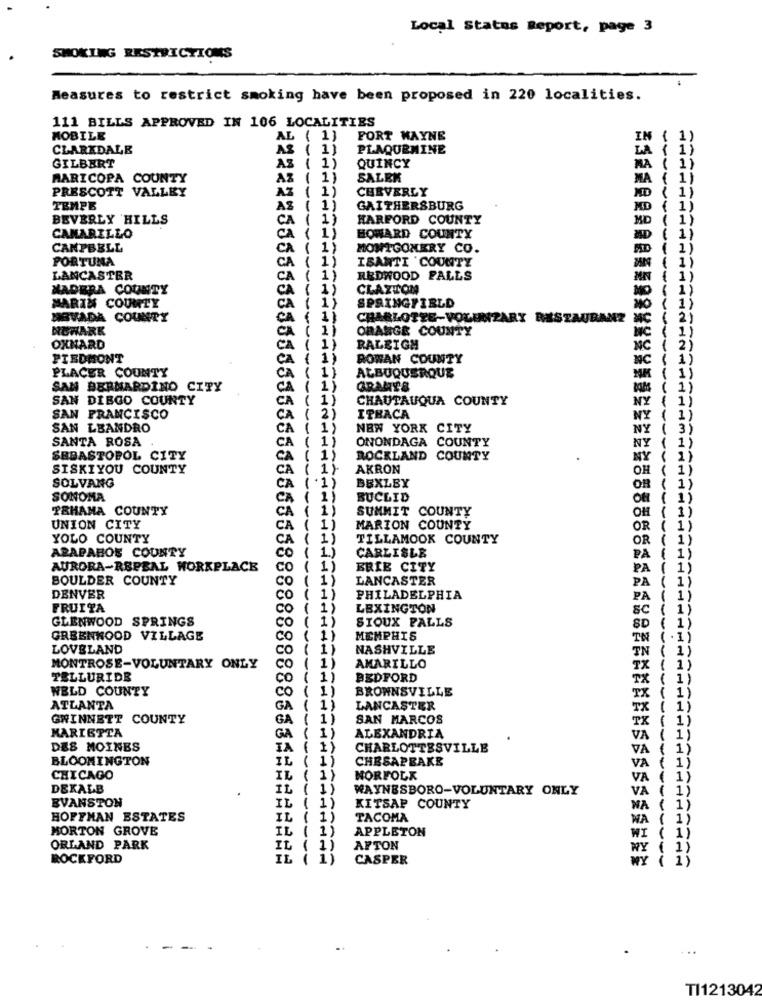
Local Status Report, page 3
SMOKING RESTRICTIONS
Measures to restrict smoking have been proposed in 220 localities.
111 BILLS APPROVED IN 106 LOCALITIES
MOBILE
AL ( 1)
FORT WAYNE
CLARKDALE
AS ( 1)
PLAQUEMINE
AS ( 1)
GILBERT
QUINCY
MARICOPA COUNTY
AZ ( 1)
SALEK
PRESCOTT VALLEY
AZ ( 1)
CERVERLY
AZ
TEMPE
AZ ( 1)
GAITHERSBURG
BEVERLY HILLS
CA ( 1)
HARFORD COUNTY
CAMARILLO
CA ( 1)
HOWARD COUNTY
CAMPBELL
CA ( 1)
MONTGOMERY CO.
PORTUNA
CA ( 1)
ISANTI 'COUNTY
LANCASTER
CA ( 1)
REDWOOD FALLS
MADERA COUNTY
( 1)
CLAXTON
( 1)
MARIN COUNTY
CA
SPRINGFIELD
NEVADA COUNTY
CA ( 1)
CHARLOTTE-VOLUNTARY RESTAURANZ
NOWARK
CA ( 1)
ORANGE COUNTY
OXNARD
CA ( 1)
RALEIGH
PIEDMONT
CA ( 1)
ROWAN COUNTY
PLACER COUNTY
CA ( 1)
ALBUQUERQUE
SAN BERNARDINO CITY
GRANTS
SAN DIEGO COUNTY
CA
CHAUTAUQUA COUNTY
SAN FRANCISCO
CA
ITHACA
SAN LEANDRO
CA
NEW YORK CITY
SANTA ROSA
ONONDAGA COUNTY
CA (
SEBASTOPOL CITY
CA
ROCKLAND COUNTY
SISKIYOU COUNTY
CA
AKRON
SOLVANG
CA
BEXLEY
SONOMA
CA
BUCLID
TRHAMA COUNTY
CA
SUMMIT COUNTY
UNION CITY
CA
1)
MARION COUNTY
YOLO COUNTY
CA
TILLAMOOK COUNTY
APAPABOS COUNTY
CO
CARLISLE
AURORA-RSPBAL WORKPLACE
co (
BRIE CITY
BOULDER COUNTY
co
LANCASTER
DENVER
Co
PHILADELPHIA
FRUITA
co
LEXINGTON
GLENWOOD SPRINGS
SIOUX FALLS
co
GREENNOOD VILLAGE
MEMPHIS
LOVELAND
NASHVILLE
MONTROSE-VOLUNTARY ONLY
co
AMARILLO
TELLURIDE
co
BEDFORD
WELD COUNTY
BROWNSVILLE
CO
ATLANTA
GA
LANCASTER
GWINNETT COUNTY
GA
SAN MARCOS
MARIETTA
GA
ALEXANDRIA
DES MOINES
IA ( 1)
CHARLOTTESVILLE
BLOOMINGTON
CHESAPEAKE
IL ( 1)
CHICAGO
IL
1)
NORFOLK
DEKALB
IL ( 1)
WAYNESBORO-VOLUNTARY ONLY
EVANSTON
IL ( 1)
KITSAP COUNTY
HOFFMAN ESTATES
IL ( 1)
TACOMA
MORTON GROVE
IL ( 1)
APPLETON
1)
--
ORLAND PARK
IL ( 1)
AFTON
ROCKFORD
IL ( 1)
CASPER
TI1213042